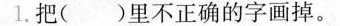
1.把()里不正确的字画掉。